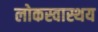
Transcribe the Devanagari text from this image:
लोकस्वास्थय